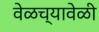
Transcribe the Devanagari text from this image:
वेळच्यावेळी